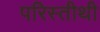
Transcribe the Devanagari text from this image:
परिस्तीथी